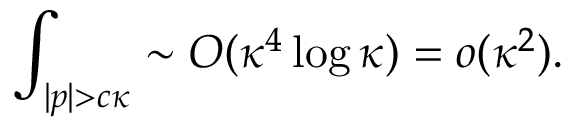
\int _ { | p | > c \kappa } \sim O ( \kappa ^ { 4 } \log \kappa ) = o ( \kappa ^ { 2 } ) .